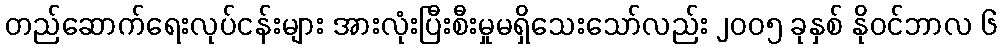
တည်ဆောက်ရေးလုပ်ငန်းများ အားလုံးပြီးစီးမှုမရှိသေးသော်လည်း ၂၀၀၅ ခုနှစ် နိုဝင်ဘာလ ၆